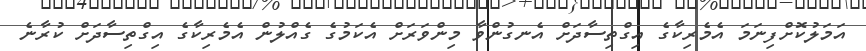
އަމަލުކޮށްފިނަމަ އެމެރިކާގެ އިގްތިސާދަށް އެނގުންވާ މިންވަރަށް އެކަމުގެ ގެއްލުން އެމެރިކާގެ އިގްތިސާދަށް ކުރާނެ